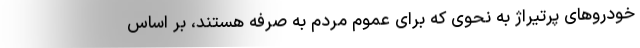
خودروهای پرتیراژ به نحوی که برای عموم مردم به صرفه هستند، بر اساس